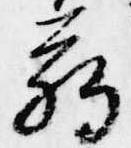
臈